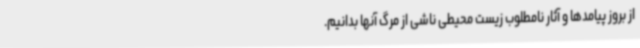
از بروز پیامدها و آثار نامطلوب زیست محیطی ناشی از مرگ آنها بدانیم.